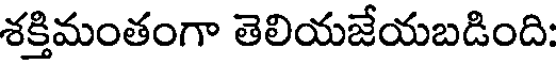
శక్తిమంతంగా తెలియజేయబడింది